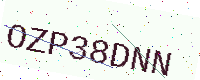
Text: OZP38DNN